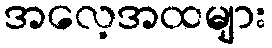
အလေ့အထများ